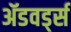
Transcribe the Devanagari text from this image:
ॲडवर्ड्स